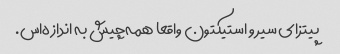
پیتزای سیر و استیکتون واقعا همه‌چیش به اندازه‌اس.